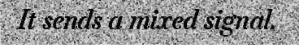
It sends a mixed signal.